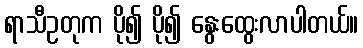
ရာသီဥတုက ပို၍ ပို၍ နွေးထွေးလာပါတယ်။